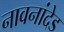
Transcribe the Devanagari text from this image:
नावनांदेड